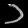
Digit: ၁